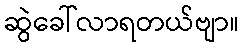
ဆွဲခေါ်လာရတယ်ဗျာ။